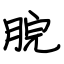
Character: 脘